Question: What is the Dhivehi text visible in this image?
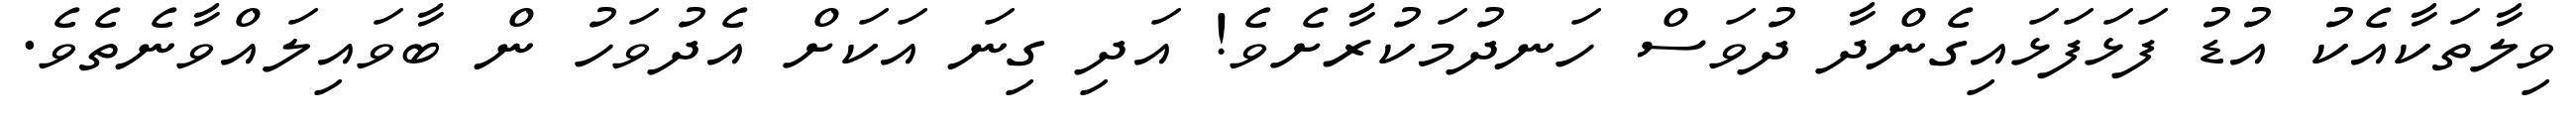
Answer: ވިލާތަކާއެކު އުޑު ފަޅަފަޅައިގެންދާ ދުވަސް ހަނދުމަކުރާށެވެ! އަދި ގިނަ އަކަށް އެދުވަހު ން ބާވައިލައްވާނެތެވެ.